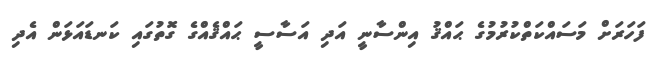
ފަހަރަށް މަސައްކަތްކުރުމުގެ ޙައްޤު އިންސާނީ އަދި އަސާސީ ޙައްޤެއްގެ ގޮތުގައި ކަނޑައަޅަން އެދި